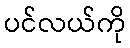
ပင်လယ်ကို